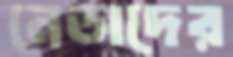
নেতাদের